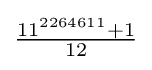
{\tfrac {11^{2264611}+1}{12}}